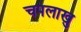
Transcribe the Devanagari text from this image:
चपलाखु